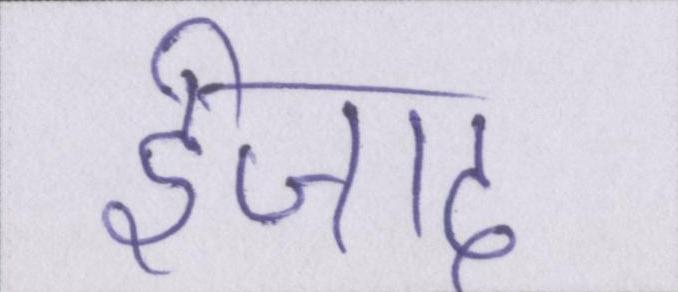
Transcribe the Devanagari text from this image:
ईजाद